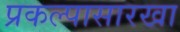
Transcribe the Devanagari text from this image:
प्रकल्पासारखा